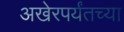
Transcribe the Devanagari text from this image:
अखेरपर्यंतच्या